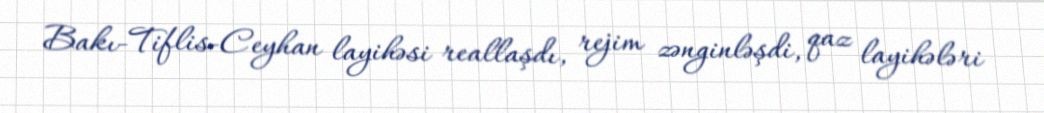
Bakı-Tiflis-Ceyhan layihəsi reallaşdı, rejim zənginləşdi, qaz layihələri